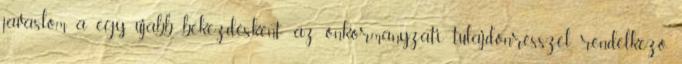
javaslom a egy újabb bekezdésként: az önkormányzati tulajdonrésszel rendelkező